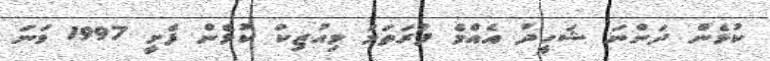
ކުޅެން ދަންނަ ޝަހީދު އެއްމެ ފުރަތަމަ މިއުޒިކް ކުޅެން ފެށީ 1997 ވަނަ